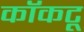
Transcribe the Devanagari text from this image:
कॉकटू